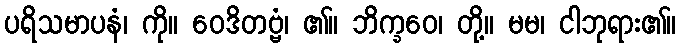
ပရိသမာပနံ၊ ကို။ ဝေဒိတဗ္ဗံ၊ ၏။ ဘိက္ခဝေ၊ တို့။ မမ၊ ငါဘုရား၏။